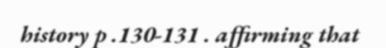
history p .130-131 . affirming that